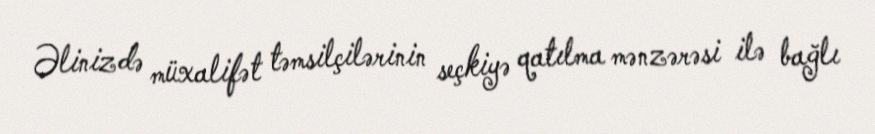
Əlinizdə müxalifət təmsilçilərinin seçkiyə qatılma mənzərəsi ilə bağlı